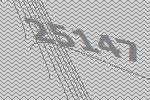
25147